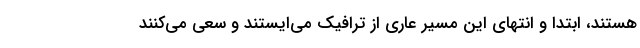
هستند، ابتدا و انتهای این مسیر عاری از ترافیک می‌ایستند و سعی می‌کنند